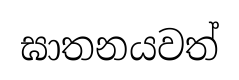
ඝාතනයවත්